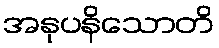
အနုပနိသောတိ